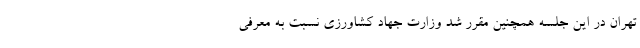
تهران در این جلسه همچنین مقرر شد وزارت جهاد کشاورزی نسبت به معرفی